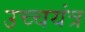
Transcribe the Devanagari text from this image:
उच्चयंत्र